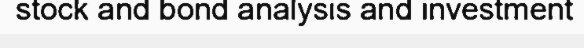
stock and bond analysis and investment